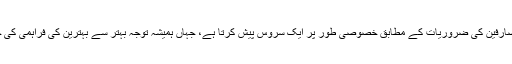
آر پی ایم سی صارفین کی ضروریات کے مطابق خصوصی طور پر ایک سروس پیش کرتا ہے، جہاں ہمیشہ توجہ بہتر سے بہترین کی فراہمی کی جانب ہوتی ہے۔